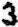
3